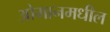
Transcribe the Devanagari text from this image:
ओमानमधील